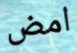
امض